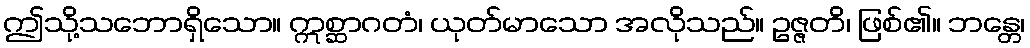
ဤသို့သဘောရှိသော။ ဣစ္ဆာဂတံ၊ ယုတ်မာသော အလိုသည်။ ဥဇ္ဇတိ၊ ဖြစ်၏။ ဘန္တေ၊